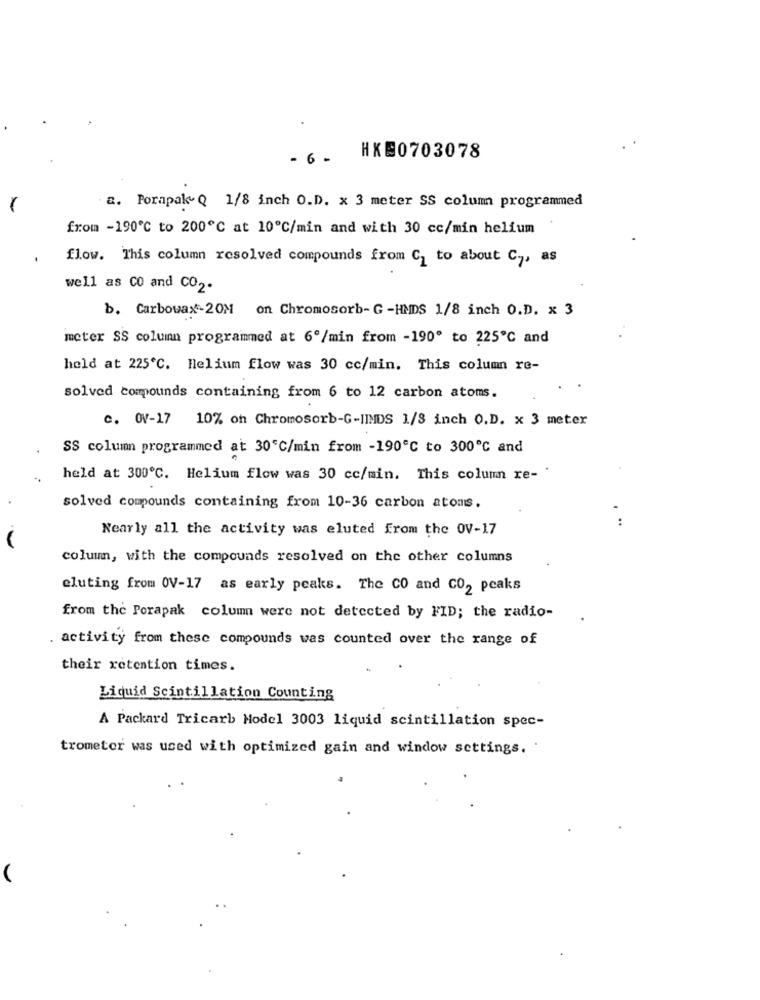
- 6 -
HKE0703078
a. Porapak- Q 1/8 inch O.D. x 3 meter SS column programmed
from -190℃ to 200℃ at 10℃/min and with 30 cc/min helium
flow. This column resolved compounds from C, to about C ., as
well as CO and CO2.
b. Carbowax-20M on Chromosorb-G -HMDS 1/8 inch O.D. x 3
meter SS column programmed at 6º/min from -190" to 225℃ and
held at 225℃. Helium flow was 30 cc/min. This column re-
solved compounds containing from 6 to 12 carbon atoms.
c. OV-17 10% on Chromosorb-G-JINDS 1/8 inch O.D. x 3 meter
SS column programmed at 30℃/min from -190℃ to 300℃ and
held at 300℃. Helium flow was 30 cc/min. This column re- "
solved compounds containing from 10-36 carbon atoms.
...
Nearly all the activity was eluted from the OV-17
column, with the compounds resolved on the other columns
eluting from OV-17 as early peaks. The CO and CO2 peaks
from the Porapak column were not detected by FID; the radio-
activity from these compounds was counted over the range of
their retention times.
Liquid Scintillation Counting
A Packard Tricarb Model 3003 liquid scintillation spec-
trometer was used with optimized gain and window settings.